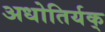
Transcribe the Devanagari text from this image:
अधोतिर्यक्‌